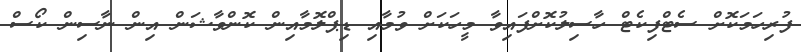
ފުރިހަމަކޮށް ސެޓްފިކެޓް ހާސިލުކޮށްފައިވާ މީހަކަށް ވުމާއި ޑިޕްލޮމާއިން ކޮންވާޝަން އިން ނާސިން ކޯސް